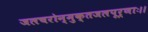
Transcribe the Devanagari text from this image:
जलचरोन्मुक्तजलपूर्णाः।।